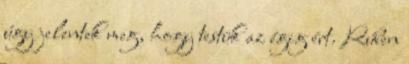
úgy jelentek meg, hogy testük az égig ért. Rúben